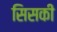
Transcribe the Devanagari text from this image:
सिसकी